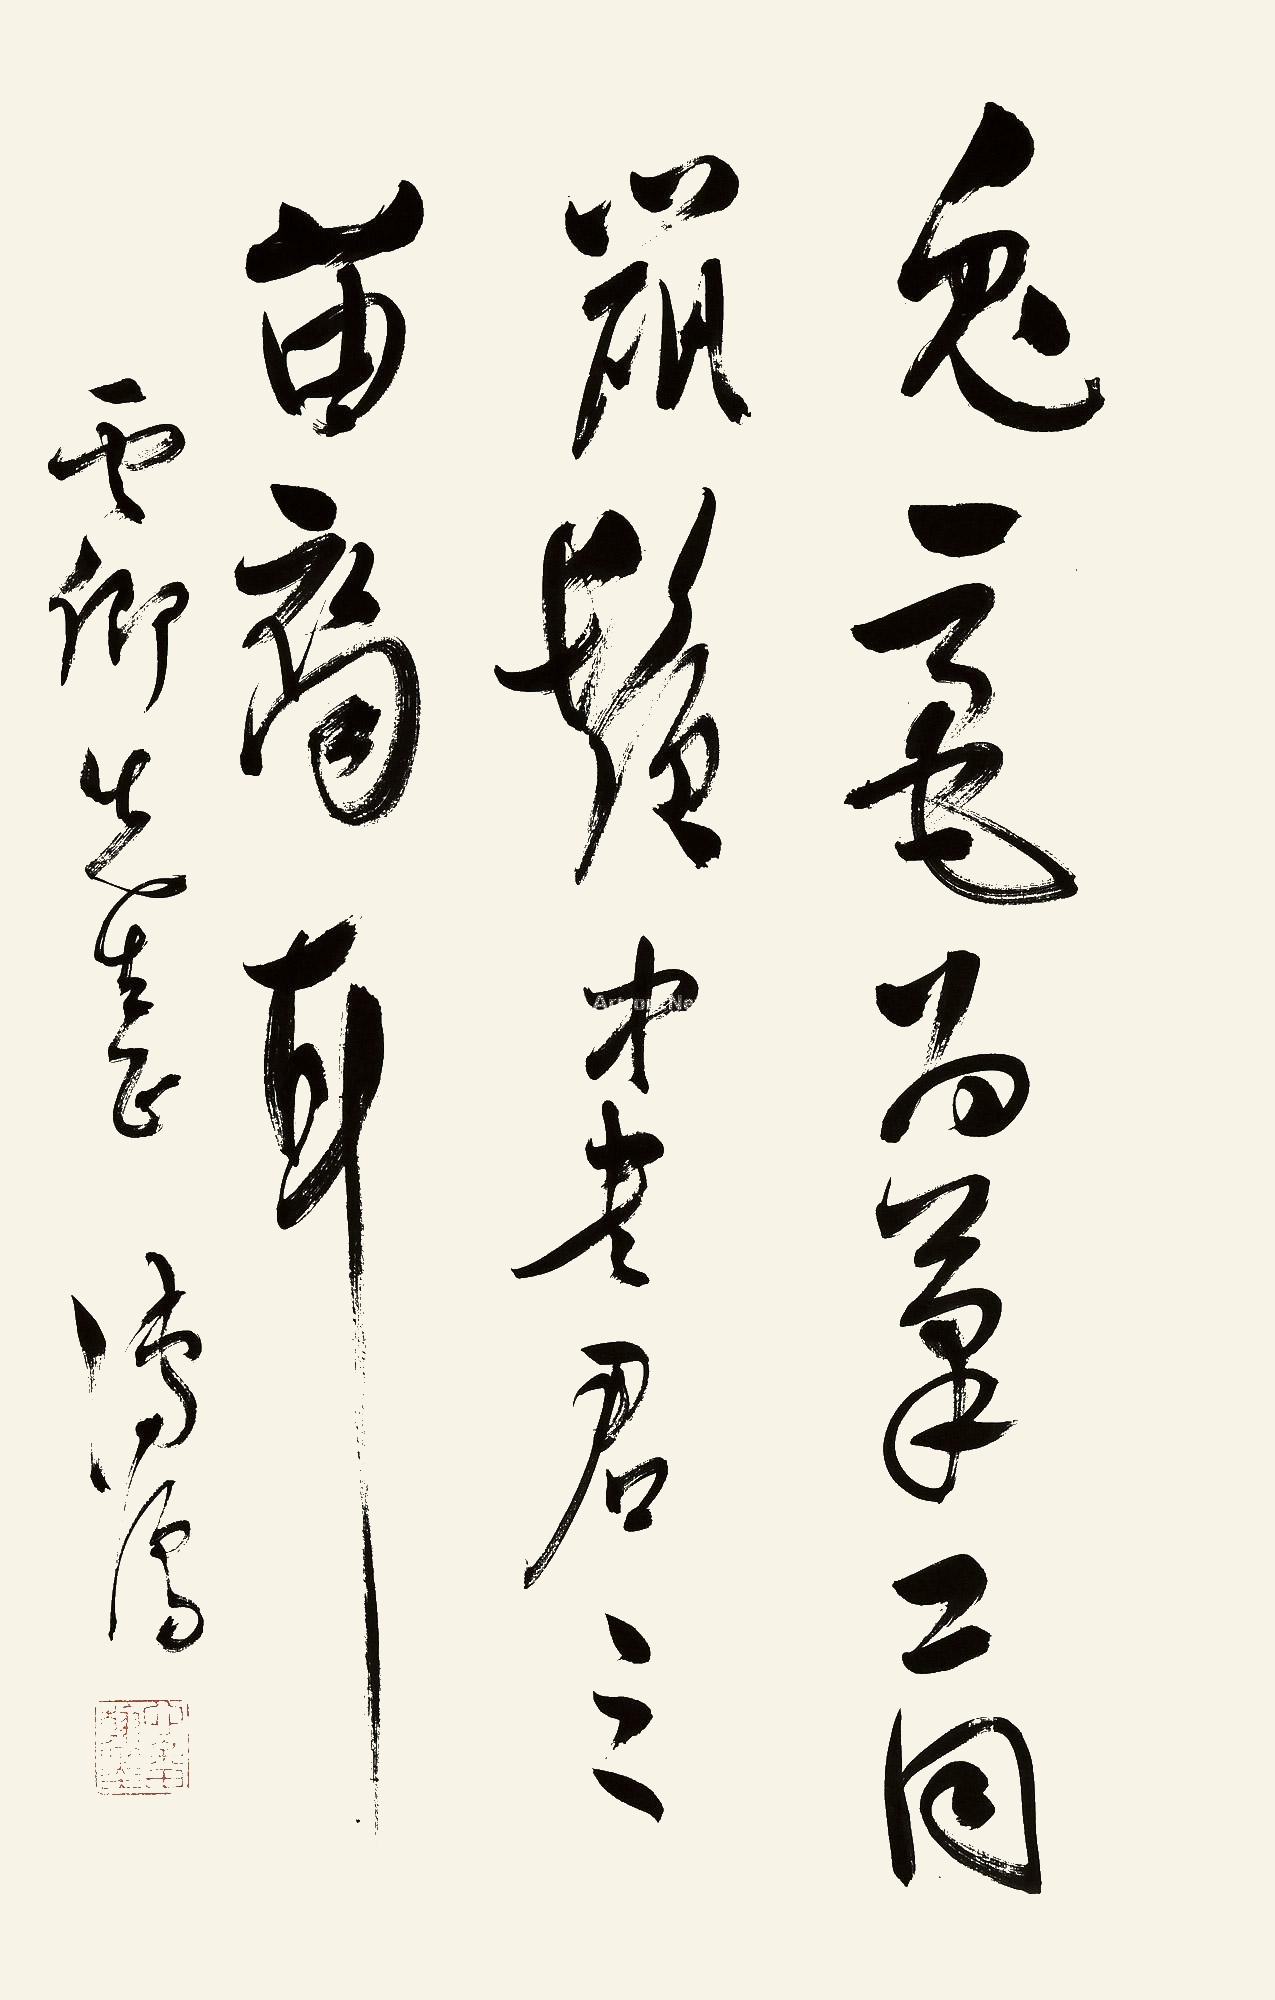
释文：兔毫为笔，二同鼠须，中书君之苗裔耳。云卿先生正，溥儒。